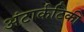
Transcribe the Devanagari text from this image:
अंटार्कटिकी